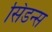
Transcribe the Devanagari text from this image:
सिडन्स